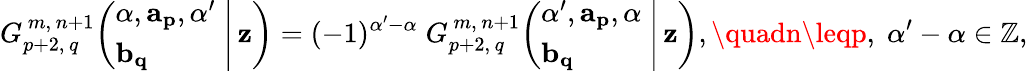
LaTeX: G_{p+2,\, q}^{\, m,\, n+1}\! \left(\left.{\begin{array}{l}{\alpha,\mathbf{a_{p}},\alpha^{\prime}}\\ {\mathbf{b_{q}}}\end{array}}\; \right|\, \mathbf{z}\right)=(-1)^{\alpha^{\prime}-\alpha}\; G_{p+2,\, q}^{\, m,\, n+1}\! \left(\left.{\begin{array}{l}{\alpha^{\prime},\mathbf{a_{p}},\alpha}\\ {\mathbf{b_{q}}}\end{array}}\; \right|\, \mathbf{z}\right),\quadn\leqp,\; \alpha^{\prime}-\alpha\in\mathbb{{Z}},